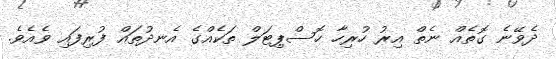
ދެވޭނެ ގޮތެއް ނެތް އިރު ހުރިހާ ހޮސްޕިޓަލް ތަކެއްގެ އެނދުތައް ފުރިފައި ވެއެވެ.